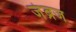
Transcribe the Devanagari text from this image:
जंब्रज